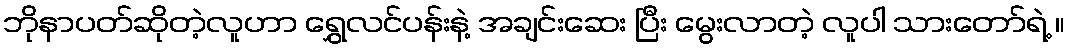
ဘိုနာပတ်ဆိုတဲ့လူဟာ ရွှေလင်ပန်းနဲ့ အချင်းဆေး ပြီး မွေးလာတဲ့ လူပါ သားတော်ရဲ့ ။